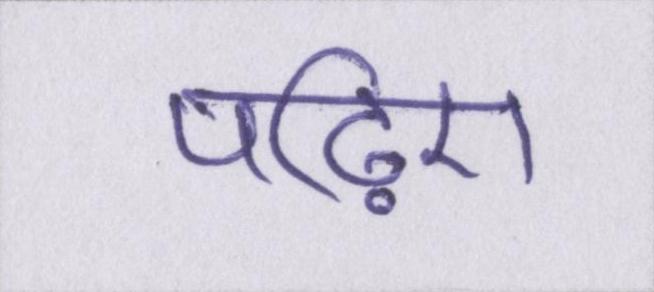
पढ़िए